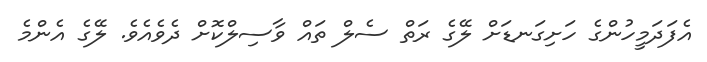
އެފަދަމީހުންގެ ހަށިގަނޑަށް ލޭގެ ރަތް ސެލް ތައް ވާސިލްކޮށް ދެވެއެވެ. ލޭގެ އެންމެ